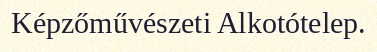
Képzőművészeti Alkotótelep.